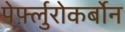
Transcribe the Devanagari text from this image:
पेर्फ़्लुरोकर्बोन